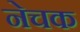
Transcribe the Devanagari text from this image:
नेचक